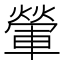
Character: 𨍶